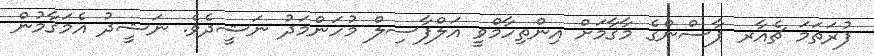
ފުރަތަމަ ޗެއާރ ޕާސްންގެ މާޤާމަށް އިންތިހާމްވީ އަލްފާސިލް މުހަންމަދު ނަޝީދެވެ. ނަޝީދު އެމަޤާމުން